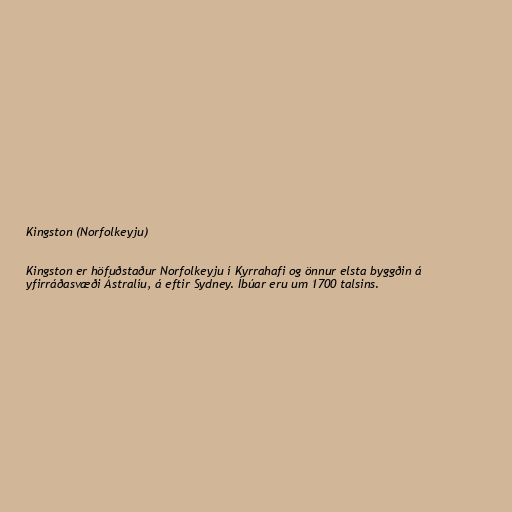
Kingston (Norfolkeyju)

Kingston er höfuðstaður Norfolkeyju í Kyrrahafi og önnur elsta byggðin á
yfirráðasvæði Ástralíu, á eftir Sydney. Íbúar eru um 1700 talsins.